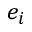
e _ { i }